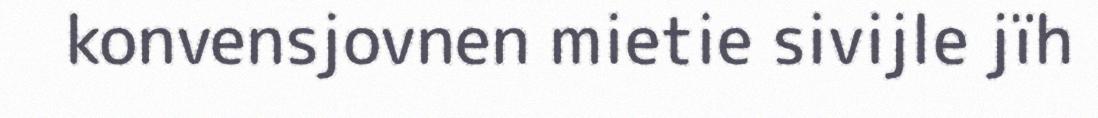
konvensjovnen mietie sivijle jïh